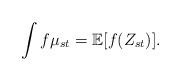
LaTeX: \begin{align*}\int f\mu_{st}=\mathbb{E}[f(Z_{st})].\end{align*}